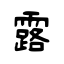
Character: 露